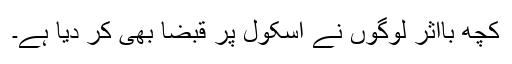
کچھ بااثر لوگوں نے اسکول پر قبضا بھی کر دیا ہے۔